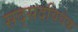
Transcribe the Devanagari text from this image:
सद्सदविवेक